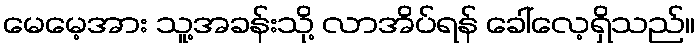
မေမေ့အား သူ့အခန်းသို့ လာအိပ်ရန် ခေါ်လေ့ရှိသည်။